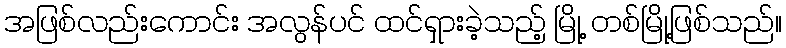
အဖြစ်လည်းကောင်း အလွန်ပင် ထင်ရှားခဲ့သည့် မြို့ တစ်မြို့ဖြစ်သည်။